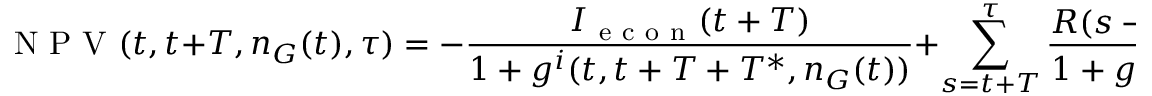
\mathrm { ~ N ~ P ~ V ~ } ( t , t + T , n _ { G } ( t ) , \tau ) = - \frac { I _ { \mathrm { ~ e ~ c ~ o ~ n ~ } } ( t + T ) } { 1 + g ^ { i } ( t , t + T + T ^ { * } , n _ { G } ( t ) ) } + \sum _ { s = t + T } ^ { \tau } \frac { R ( s - ( t + T - 1 ) ) } { 1 + g ^ { i } ( t , s , n _ { G } ( t ) ) } .